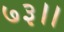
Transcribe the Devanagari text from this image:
७३।।